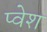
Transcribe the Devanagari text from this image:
प्वेश